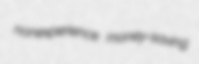
nonexperience money-saving